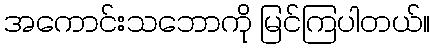
အကောင်းသဘောကို မြင်ကြပါတယ်။